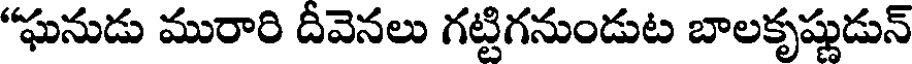
ఘనుడు మురారి దీవెనలు గట్టిగనుండుట బాలకృష్ణుడున్